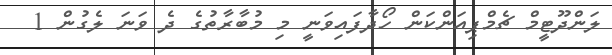
ލަންދޫޓީމް ޗެމްޕިއަންކަން ހޯދާފައިވަނީ މި މުބާރާތުގެ ދެ ވަނަ ލެގުން 1